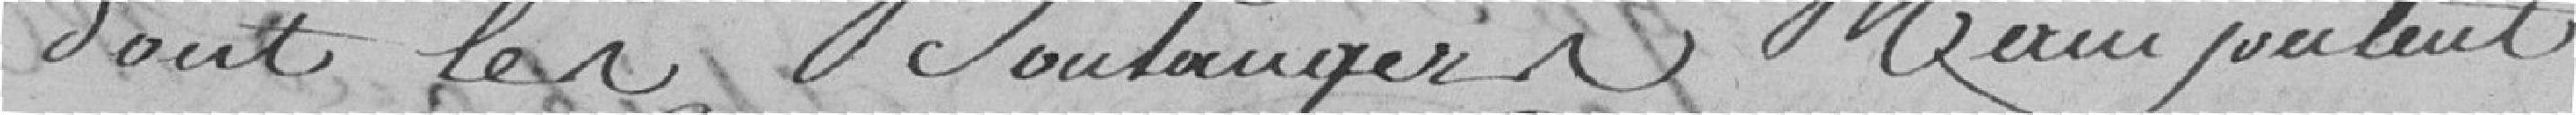
dont les boulangers manipulent